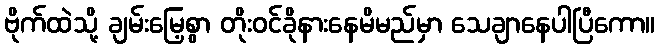
ဗိုက်ထဲသို့ ချမ်းမြေ့စွာ တိုးဝင်ခိုနားနေမိမည်မှာ သေချာနေပါပြီကော။